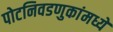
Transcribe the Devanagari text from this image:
पोटनिवडणुकांमध्ये